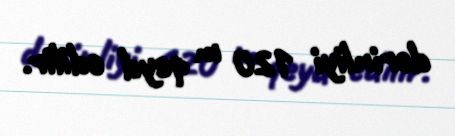
dərinliyi 120 m qeyd edilir.